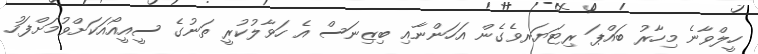
ހީލްވާނެ މިހާރު ބައްޕަ ރިޓަޔަރވެގެން އަހަންނާއި ބިޒިނަސް އެ ހަވާލުކުރީ ތަނުގެ ސީއީއޯއަކަށްވުމަށްފަހު